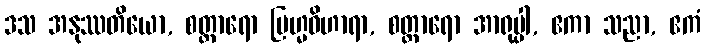
ဒသ အနုဿတိယော, စတ္တာရော ဗြဟ္မဝိဟာရာ, စတ္တာရော အာရုပ္ပါ, ဧကာ သညာ, ဧကံ